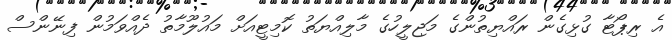
އެ ރިޕޯޓާ ގުޅިގެން ރައްޔިތުންގެ މަޖިލީހުގެ މާލިއްޔަތު ކޮމިޓީއަށް މައުލޫމާތު ދެއްވަމުން ފިނޭންސް